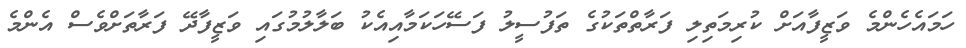
ހަމައެހެންމެ ވަޒީފާއަށް ކުރިމަތިލި ފަރާތްތަކުގެ ތަފުސީލު ފަސޭހަކަމާއިއެކު ބަލާލުމުގައި ވަޒީފާދޭ ފަރާތަށްވެސް އެންމެ